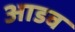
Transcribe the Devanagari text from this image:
आडव